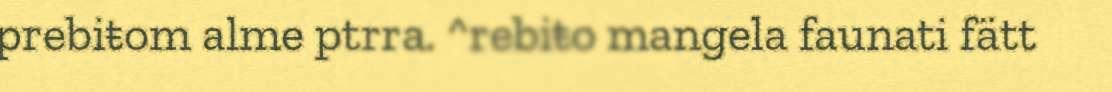
prebiŧom alme ptrra. ^rebiŧo mangela faunati fätt